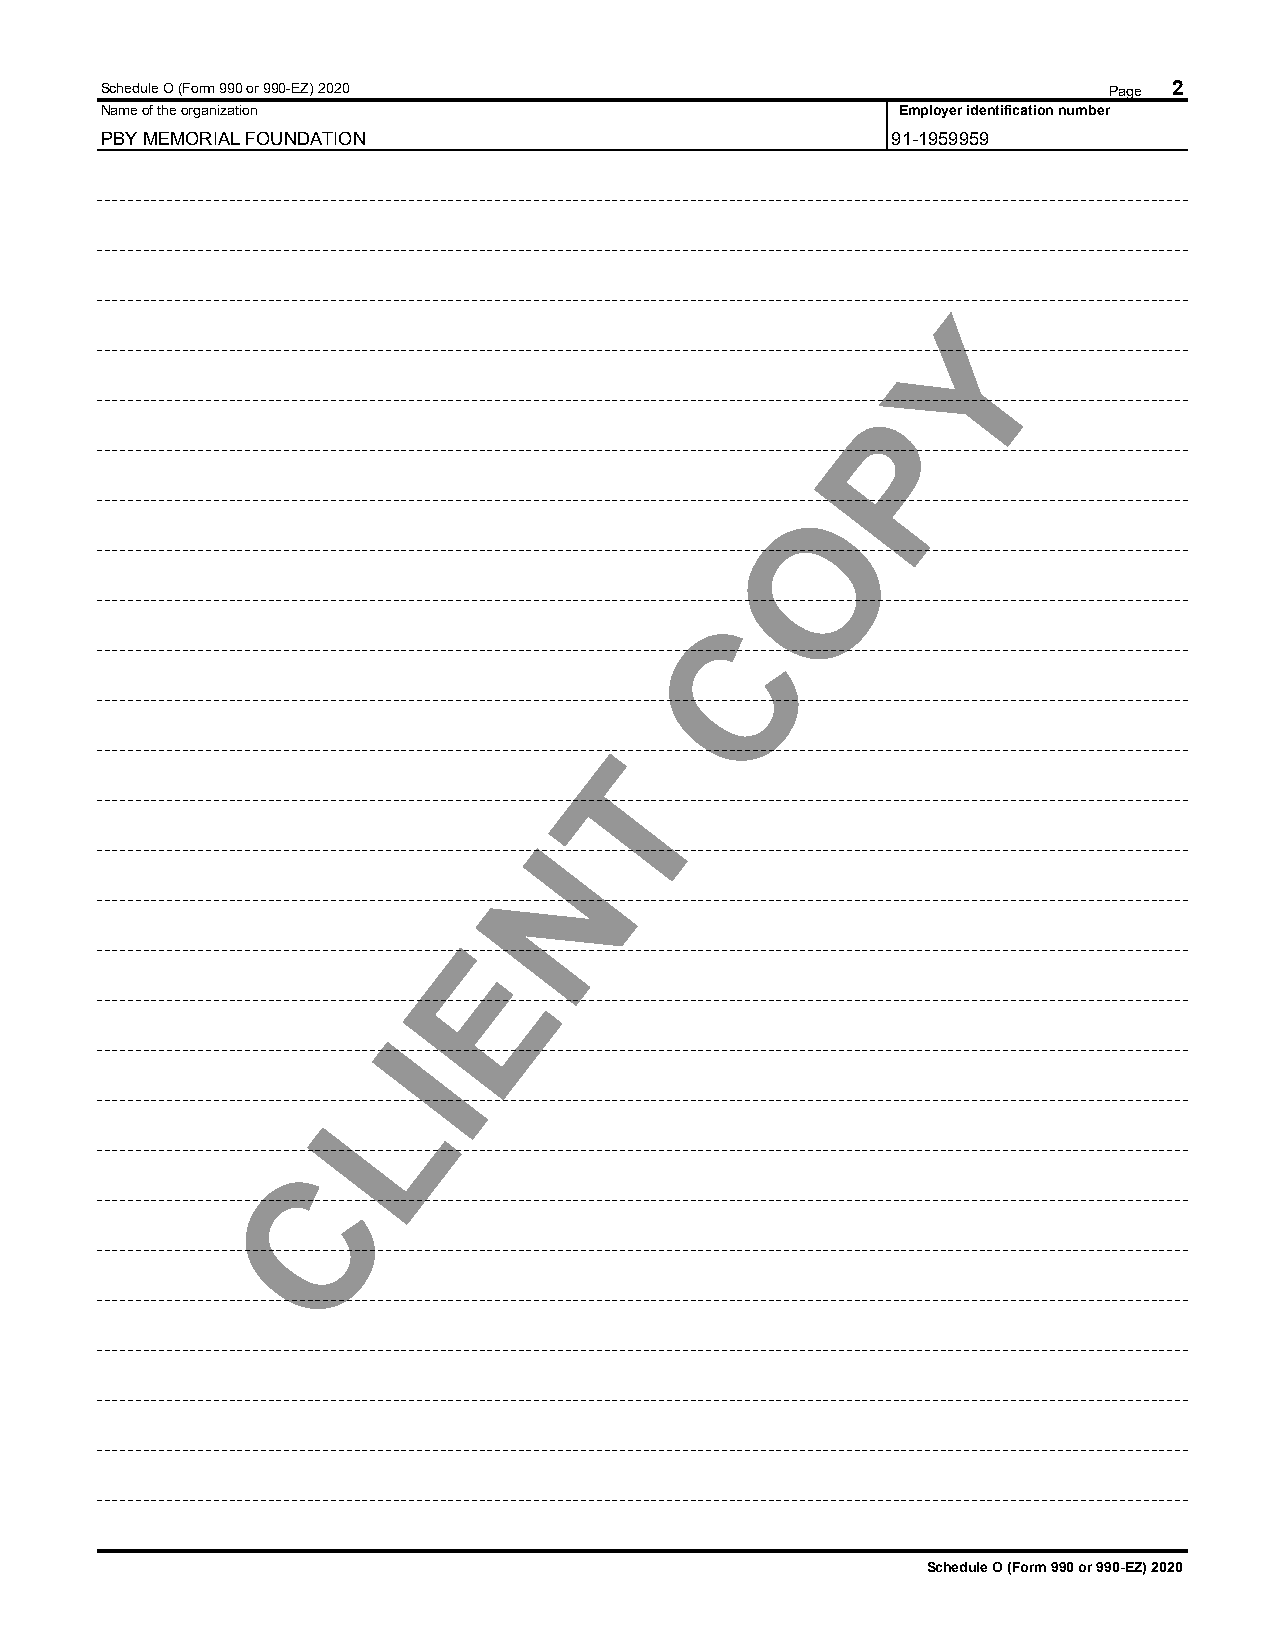
Schedule O (Form 990 or 990-EZ) 2020                              Page 2
 Name of the organization                             Employer identification number
 PBY MEMORIAL FOUNDATION                             91-1959959
 Y
 P
 O
 C
 T
 N
 E
 I
 L
 C
 Schedule O (Form 990 or 990-EZ) 2020